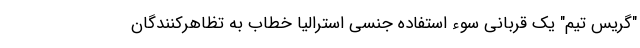
"گریس تیم" یک قربانی سوء استفاده جنسی استرالیا خطاب به تظاهرکنندگان